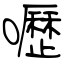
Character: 嚦